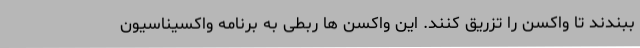
ببندند تا واکسن را تزریق کنند. این واکسن ها ربطی به برنامه واکسیناسیون